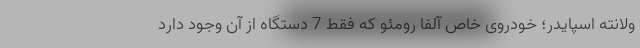
ولانته اسپایدر؛ خودروی خاص آلفا رومئو که فقط 7 دستگاه از آن وجود دارد